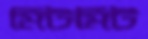
মিটমিট